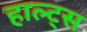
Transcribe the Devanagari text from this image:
हाल्ट्स